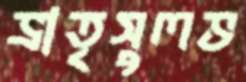
ভ্রাতৃসুলভ